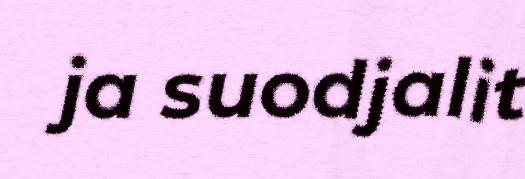
ja suodjalit